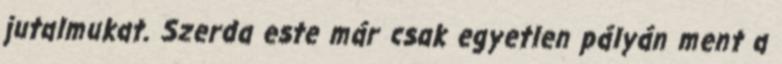
jutalmukat. Szerda este már csak egyetlen pályán ment a